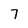
Character: 7